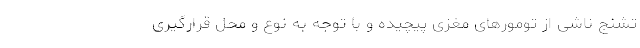
تشنج ناشی از تومورهای مغزی پیچیده و با توجه به نوع و محل قرارگیری